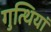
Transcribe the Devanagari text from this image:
गुत्थियां